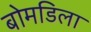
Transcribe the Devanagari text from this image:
बोमडिला